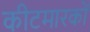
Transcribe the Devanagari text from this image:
कीटमारकों